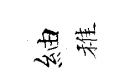
紬稚